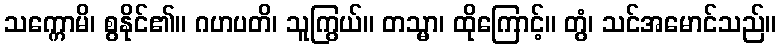
သက္ကောမိ၊ စွနိုင်၏။ ဂဟပတိ၊ သူကြွယ်။ တသ္မာ၊ ထိုကြောင့်။ တွံ၊ သင်အမောင်သည်။